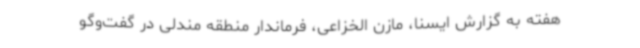
هفته به گزارش ایسنا، مازن الخزاعی، فرماندار منطقه مندلی در گفت‌وگو